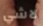
لاشي